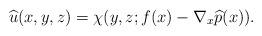
LaTeX: \begin{align*}\widehat{u}(x,y,z)=\chi(y,z;f(x)-\nabla_{x}\widehat{p}(x)).\end{align*}